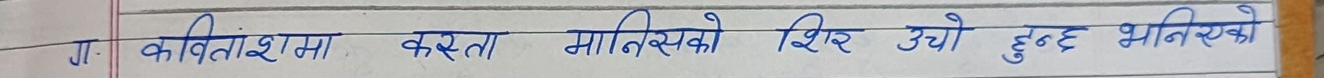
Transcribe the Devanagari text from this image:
ग. कवितांशमा कर्ता मानिसको शिर उचो हुन्छ भनिएको